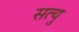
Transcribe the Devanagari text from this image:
सत्यु